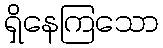
ရှိနေကြသော